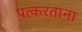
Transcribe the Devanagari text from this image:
पत्करताना